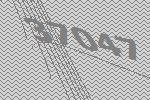
37047